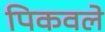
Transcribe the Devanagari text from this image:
पिकवले